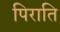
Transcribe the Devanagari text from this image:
पिराति